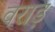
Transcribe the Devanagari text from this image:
वराड़